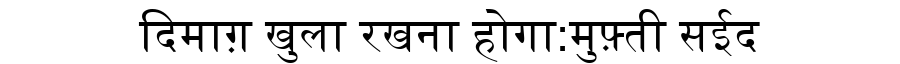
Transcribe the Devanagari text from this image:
दिमाग़ खुला रखना होगा:मुफ़्ती सईद